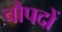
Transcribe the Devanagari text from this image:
चौपदों